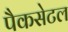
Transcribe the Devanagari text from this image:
पैकसेटल